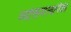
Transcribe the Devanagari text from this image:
व्यक्तिमत्त्वांपैकी